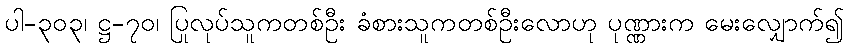
ပါ-၃၀၃၊ ဋ္ဌ-၇၀၊ ပြုလုပ်သူကတစ်ဦး ခံစားသူကတစ်ဦးလောဟု ပုဏ္ဏားက မေးလျှောက်၍